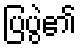
ပြပွဲ၏